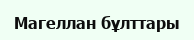
Магеллан бұлттары